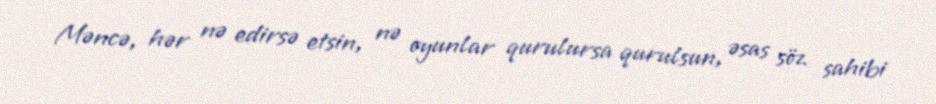
Məncə, hər nə edirsə etsin, nə oyunlar qurulursa qurulsun, əsas söz sahibi